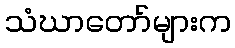
သံဃာတော်များက